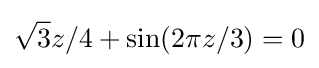
{\sqrt {3}}z/4+\sin(2\pi z/3)=0